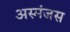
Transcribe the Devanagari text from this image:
अस्मंजस